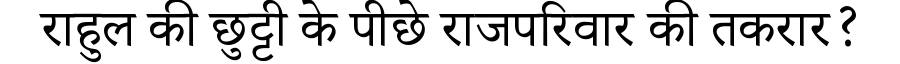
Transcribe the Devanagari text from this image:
राहुल की छुट्टी के पीछे राजपरिवार की तकरार?